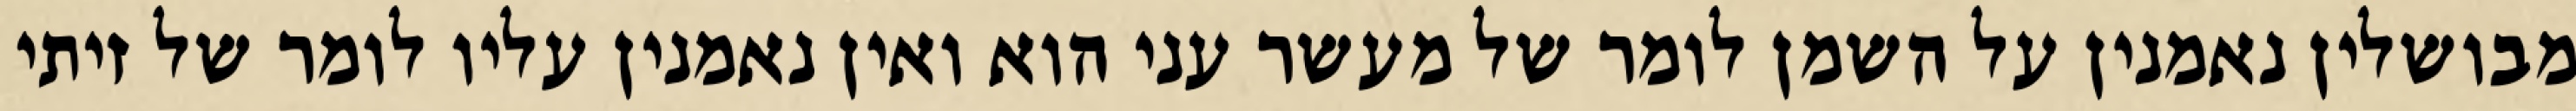
מבושלין נאמנין על השמן לומר של מעשר עני הוא ואין נאמנין עליו לומר של זיתי